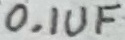
Text: 0.1UF